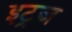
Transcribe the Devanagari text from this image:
इट्रज